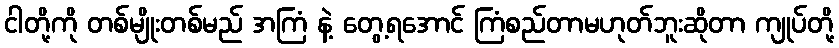
ငါတို့ကို တစ်မျိုးတစ်မည် အကြံ နဲ့ တွေ့ရအောင် ကြံစည်တာမဟုတ်ဘူးဆိုတာ ကျုပ်တို့